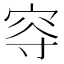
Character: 𡨙